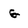
Character: g